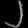
Digit: ၂